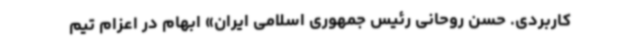
کاربردی. حسن روحانی رئیس جمهوری اسلامی ایران» ابهام در اعزام تیم